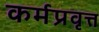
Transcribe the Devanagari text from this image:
कर्मप्रवृत्त